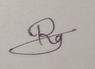
Signature authenticity: genuine